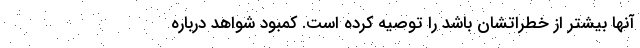
آنها بیشتر از خطراتشان باشد را توصیه کرده است. کمبود شواهد درباره